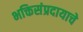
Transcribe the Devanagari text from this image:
भक्तिसंप्रदायाचे